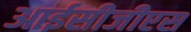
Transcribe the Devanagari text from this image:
आईसीजीएस